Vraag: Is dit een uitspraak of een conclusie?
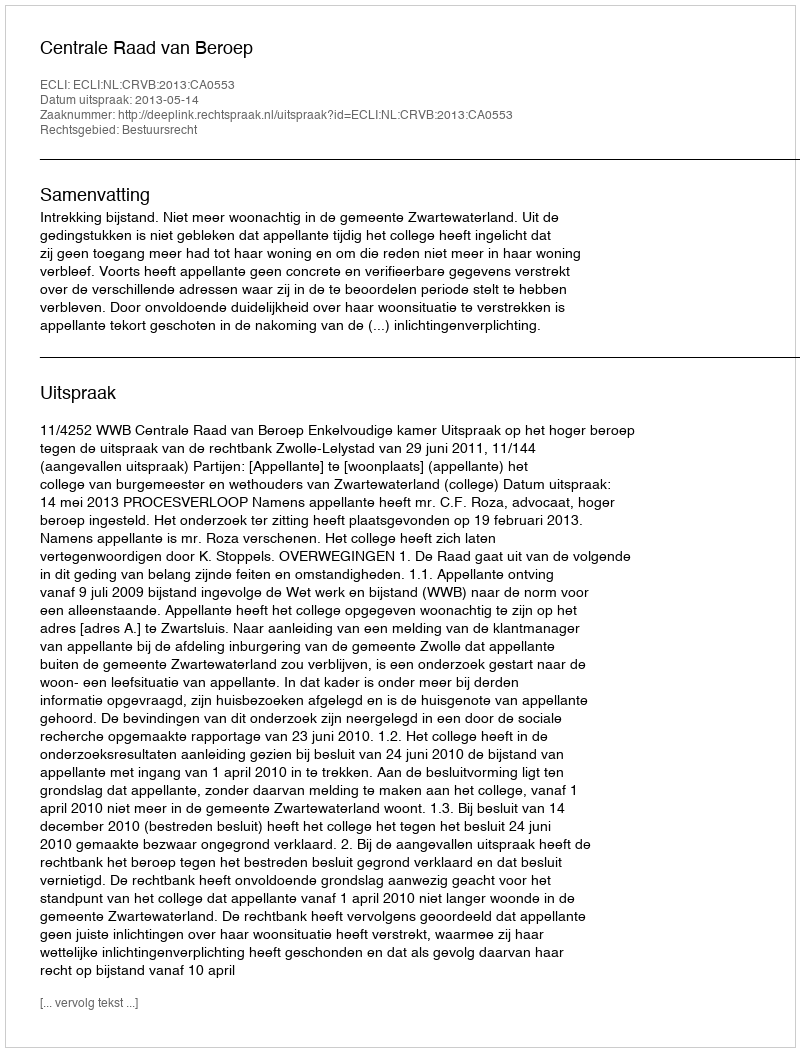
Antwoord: Uitspraak